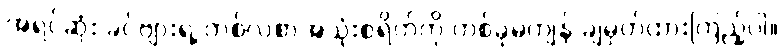
အရင်ဆုံး ခင်ဗျားရဲ့ တစ်လစာအသုံးစရိတ်ကို တစ်ခုမကျန် ချမှတ်ထားကြည့်ပါ။